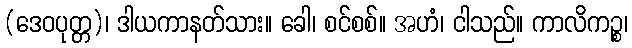
(ဒေဝပုတ္တ)၊ ဒါယကာနတ်သား။ ခေါ၊ စင်စစ်။ အဟံ၊ ငါသည်။ ကာလိကဉ္စ၊